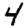
Digit: 4